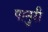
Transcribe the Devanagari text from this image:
पानुरी